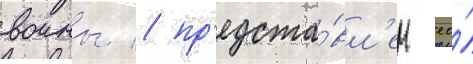
воины / пр'едста́вл'ен ео́